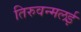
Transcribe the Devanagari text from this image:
तिरुवन्मलई